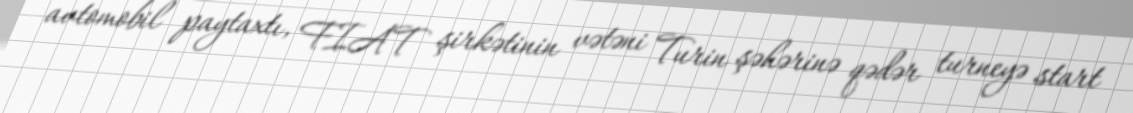
avtomobil paytaxtı, FIAT şirkətinin vətəni Turin şəhərinə qədər turneyə start